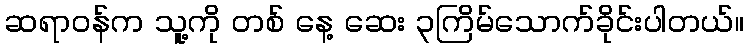
ဆရာဝန်က သူ့ကို တစ် နေ့ ဆေး ၃ကြိမ်သောက်ခိုင်းပါတယ်။